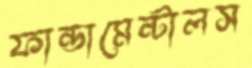
ফান্ডামেন্টালস